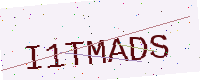
Text: I1TMADS